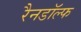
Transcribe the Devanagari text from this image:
रैनडॉल्फ